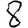
Digit: 8